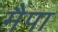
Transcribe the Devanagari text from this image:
मैपा